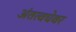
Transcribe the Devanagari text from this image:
अंतत्वचेवर